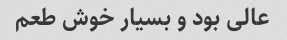
عالی بود و بسیار خوش طعم